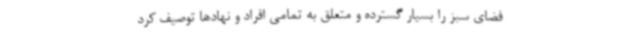
فضای سبز را بسیار گسترده و متعلق به تمامی افراد و نهادها توصیف کرد